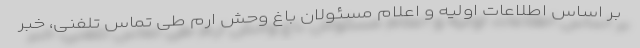
بر اساس اطلاعات اولیه و اعلام مسئولان باغ وحش ارم طی تماس تلفنی، خبر